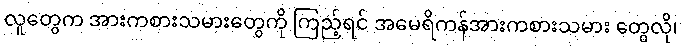
လူတွေက အားကစားသမားတွေကို ကြည့်ရင် အမေရိကန်အားကစားသမား တွေလို၊